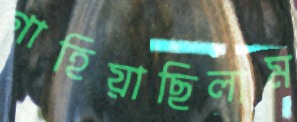
গাহিয়াছিলাম